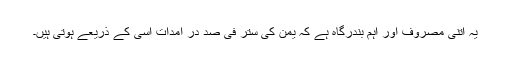
یہ اتنی مصروف اور اہم بندرگاہ ہے کہ یمن کی ستر فی صد در آمدات اسی کے ذریعے ہوتی ہیں۔